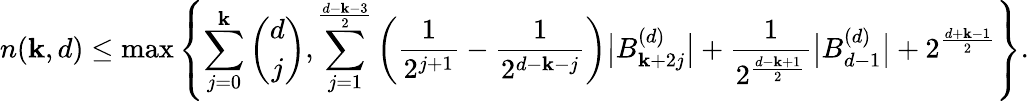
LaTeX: n(\mathbf{k},d)\leq\operatorname*{max}\left\{ \sum_{j=0}^{\mathbf{k}}\binom{d}{j},\sum_{j=1}^{\frac{{d-\mathbf{k}-3}}{{2}}}\bigg(\frac{{1}}{{2^{j+1}}}-\frac{{1}}{{2^{d-\mathbf{k}-j}}}\bigg)\big|B_{\mathbf{k}+2j}^{(d)}\big|+\frac{{1}}{{2^{\frac{{d-\mathbf{k}+1}}{{2}}}}}\big|B_{d-1}^{(d)}\big|+2^{\frac{{d+\mathbf{k}-1}}{{2}}}\right\} .